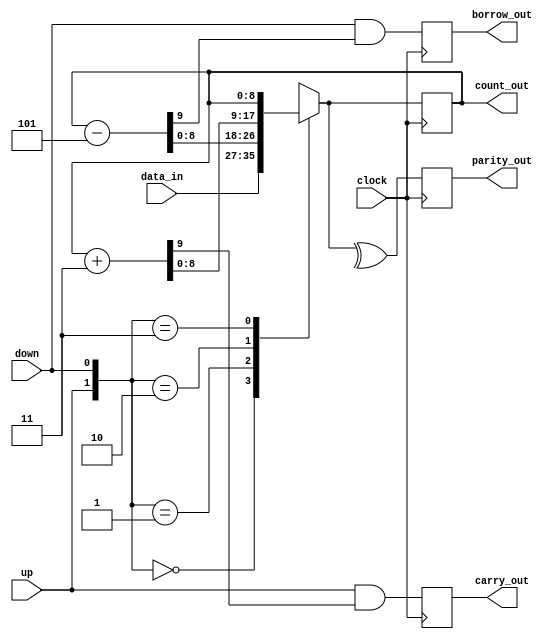
// borrowed with some modifications from
// http://www.ee.ed.ac.uk/~gerard/Teach/Verilog/manual/Example/lrgeEx2/cooley.html
module up3down5(clock, data_in, up, down, carry_out, borrow_out, count_out, parity_out);

input [8:0] data_in;
input clock, up, down;

output reg [8:0] count_out;
output reg carry_out, borrow_out, parity_out;

reg [9:0] cnt_up, cnt_dn;
reg [8:0] count_nxt;

always @(posedge clock)
begin
	cnt_dn = count_out - 3'b 101;
	cnt_up = count_out + 2'b 11;

	case ({up,down})
		2'b 00 : count_nxt = data_in;
		2'b 01 : count_nxt = cnt_dn;
		2'b 10 : count_nxt = cnt_up;
		2'b 11 : count_nxt = count_out;
		default : count_nxt = 9'bX;
	endcase

	parity_out  <= ^count_nxt;
	carry_out   <= up & cnt_up[9];
	borrow_out  <= down & cnt_dn[9];
	count_out   <= count_nxt;
end

endmodule